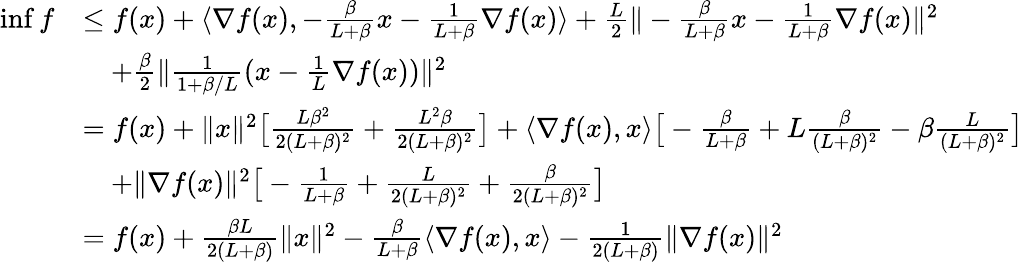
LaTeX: \begin{array}{rl}{\operatorname*{inf}f}&{\leq f(x)+\langle\nabla f(x),-\frac{\beta}{L+\beta}x-\frac{1}{L+\beta}\nabla f(x)\rangle+\frac{L}{2}\| -\frac{\beta}{L+\beta}x-\frac{1}{L+\beta}\nabla f(x)\| ^{2}}\\ &{\quad+\frac{\beta}{2}\| \frac{1}{1+\beta/L}(x-\frac{1}{L}\nabla f(x))\| ^{2}}\\ &{=f(x)+\| x\| ^{2}\big[\frac{L\beta^{2}}{2(L+\beta)^{2}}+\frac{L^{2}\beta}{2(L+\beta)^{2}}\big]+\langle\nabla f(x),x\rangle\big[-\frac{\beta}{L+\beta}+L\frac{\beta}{(L+\beta)^{2}}-\beta\frac{L}{(L+\beta)^{2}}\big]}\\ &{\quad+\| \nabla f(x)\| ^{2}\big[-\frac{1}{L+\beta}+\frac{L}{2(L+\beta)^{2}}+\frac{\beta}{2(L+\beta)^{2}}\big]}\\ &{=f(x)+\frac{\beta L}{2(L+\beta)}\| x\| ^{2}-\frac{\beta}{L+\beta}\langle\nabla f(x),x\rangle-\frac{1}{2(L+\beta)}\| \nabla f(x)\| ^{2}}\end{array}